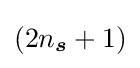
(2{n}_{\boldsymbol {s}}+1)